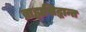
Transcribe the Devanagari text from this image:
ब्राह्मसिद्धान्त